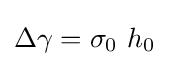
\Delta \gamma =\sigma _{0}~h_{0}